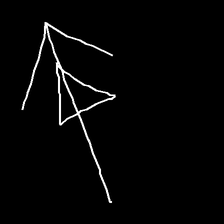
Glyph: pull